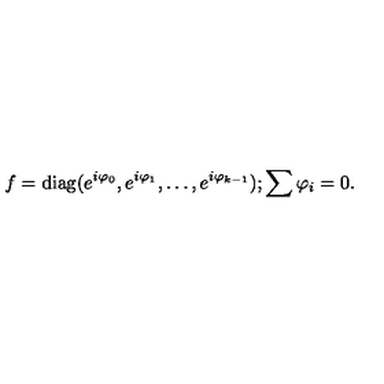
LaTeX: f = \mathrm { d i a g } ( e ^ { i \varphi _ { 0 } } , e ^ { i \varphi _ { 1 } } , \ldots , e ^ { i \varphi _ { k - 1 } } ) ; \sum \varphi _ { i } = 0 .